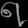
Digit: ၈